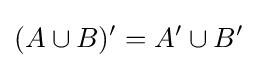
(A\cup B)'=A'\cup B'